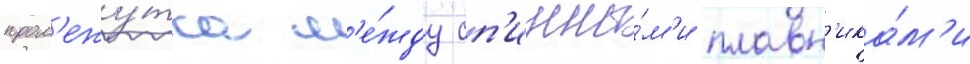
пром'ежу́тка м'е́жду сп'инны́м'и плавн'ика́м'и